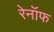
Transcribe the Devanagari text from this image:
रेनॉफ